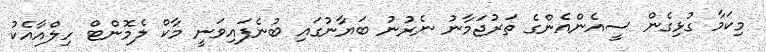
މިކަމާ ގުޅިގެން ސީއެންއެންގެ ތަރުޖަމާނު ނެރުނު ބަޔާނުގައި ބުނެފައިވަނީ މާކް ލެމޮންޓް ހިލްއާއެކު